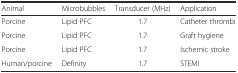
<table><thead><tr><td><b>Animal</b></td><td><b>Microbubbles</b></td><td><b>Transducer (MHz)</b></td><td><b>Application</b></td></tr></thead><tbody><tr><td>Porcine</td><td>Lipid PFC</td><td>1.7</td><td>Catheter thrombi</td></tr><tr><td>Porcine</td><td>Lipid PFC</td><td>1.7</td><td>Graft hygiene</td></tr><tr><td>Porcine</td><td>Lipid PFC</td><td>1.7</td><td>Ischemic stroke</td></tr><tr><td>Human/porcine</td><td>Definity</td><td>1.7</td><td>STEMI</td></tr></tbody></table>